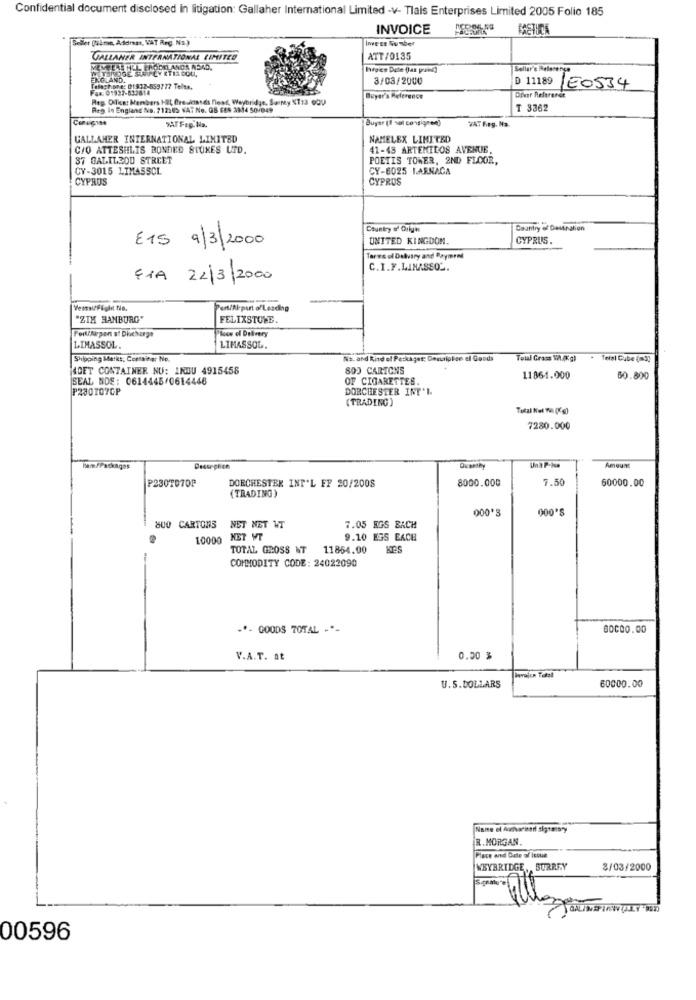
Confidential document disclosed in litigation: Gallaher International Limited -v- Tlais Enterprises Limited 2005 Folio 185
INVOICE
Sollker gulme, Address, VAT Reg. NR.)
GALLAHER INTERNATIONAL LIMITED
ATT/0135
MEMELAS HEL EPOIDELANOR A54D.
WETHNOGE SET LY KTIR DOU.
Seller's Belasens
ENGLAND.
3/03/2000
D 11189
Telephone: 01932-859777 Telas.
Fax: 01937-832814
TE0534
Reg. Olica: Menbers HIL freanasds Dest, Weybridge, Surnty KT13 GOU
Buyer's Reference
Diver Refererer
Reg in England No. 712:05 VAT No. GS EEN 2914 50/049
T 3362
Buyer (1 vol covigren)
WAT Reg. Na
GALLAHER INTERNATIONAL LIMITED
NAMELEX LIMITED
C/O ATTESHLIS BONDED STUKES LID.
41-43 ARTEMILOS AVENUE.
87 GALILEOD STREET
POETIS TOWER, 2ND FLOOR,
CY-3015 LIMASSOL
CY-6025 LARNACA
CYPRUS
CYPRUS
Country of Origin
Country of Destination
E15 9/3/2000
UNITED KINGDOM.
CYPRUS.
Tarwe ol Dalvary and Payment
C.I.F.LIMASSO .
FIA 22/3/2000
Pert/Alepart of Leading
"ZIK HANBURG"
FELIXSTOWE.
ioow of Delivery
Feil/Airport s! Dlicharge
LIMASSOL.
LIMASSOL.
Shipping Markt, Corminer No.
Na. and Rind el Peckaget: Douaipice ef Goods
Total Grass V.Kgl
Teisi Cube (3)
4CET CONTAINER NU: INDU 4915458
803 CARTONS
SEAL NDE: 0614445/0614446
OF CIGARETTES.
11861.000
60.800
P230107CP
DORCHESTER INT'L
(TRADING)
7280.000
Amount
P2307070P
DORCHESTER INT'L FF 20/2008
8000.000
7.50
60000.00
(TRADING)
000*
000'S
800 CARTONS NET NET WT
7.05 EGS BACH
1.0000
NET WT
9.10 E35 EACH
TOTAL GROSS NT 11864.00
COMMODITY CODE: 24022090
-*- 000DS TOTAL -*-
80000.00
V.A.T. at
0.00 %
U.S.DOLLARS
60000.00
R. MORGAN.
Place and Date of issue
WEYBRIDGE, SURREY
3/03/2000
00596